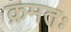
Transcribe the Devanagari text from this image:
क्रमतः